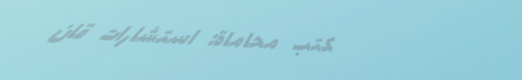
مكتب محاماة: استشارات قان